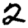
Digit: 2